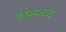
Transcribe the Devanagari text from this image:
कोशशब्द